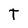
Character: T